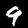
Digit: 9